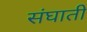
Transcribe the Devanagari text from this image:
संघाती